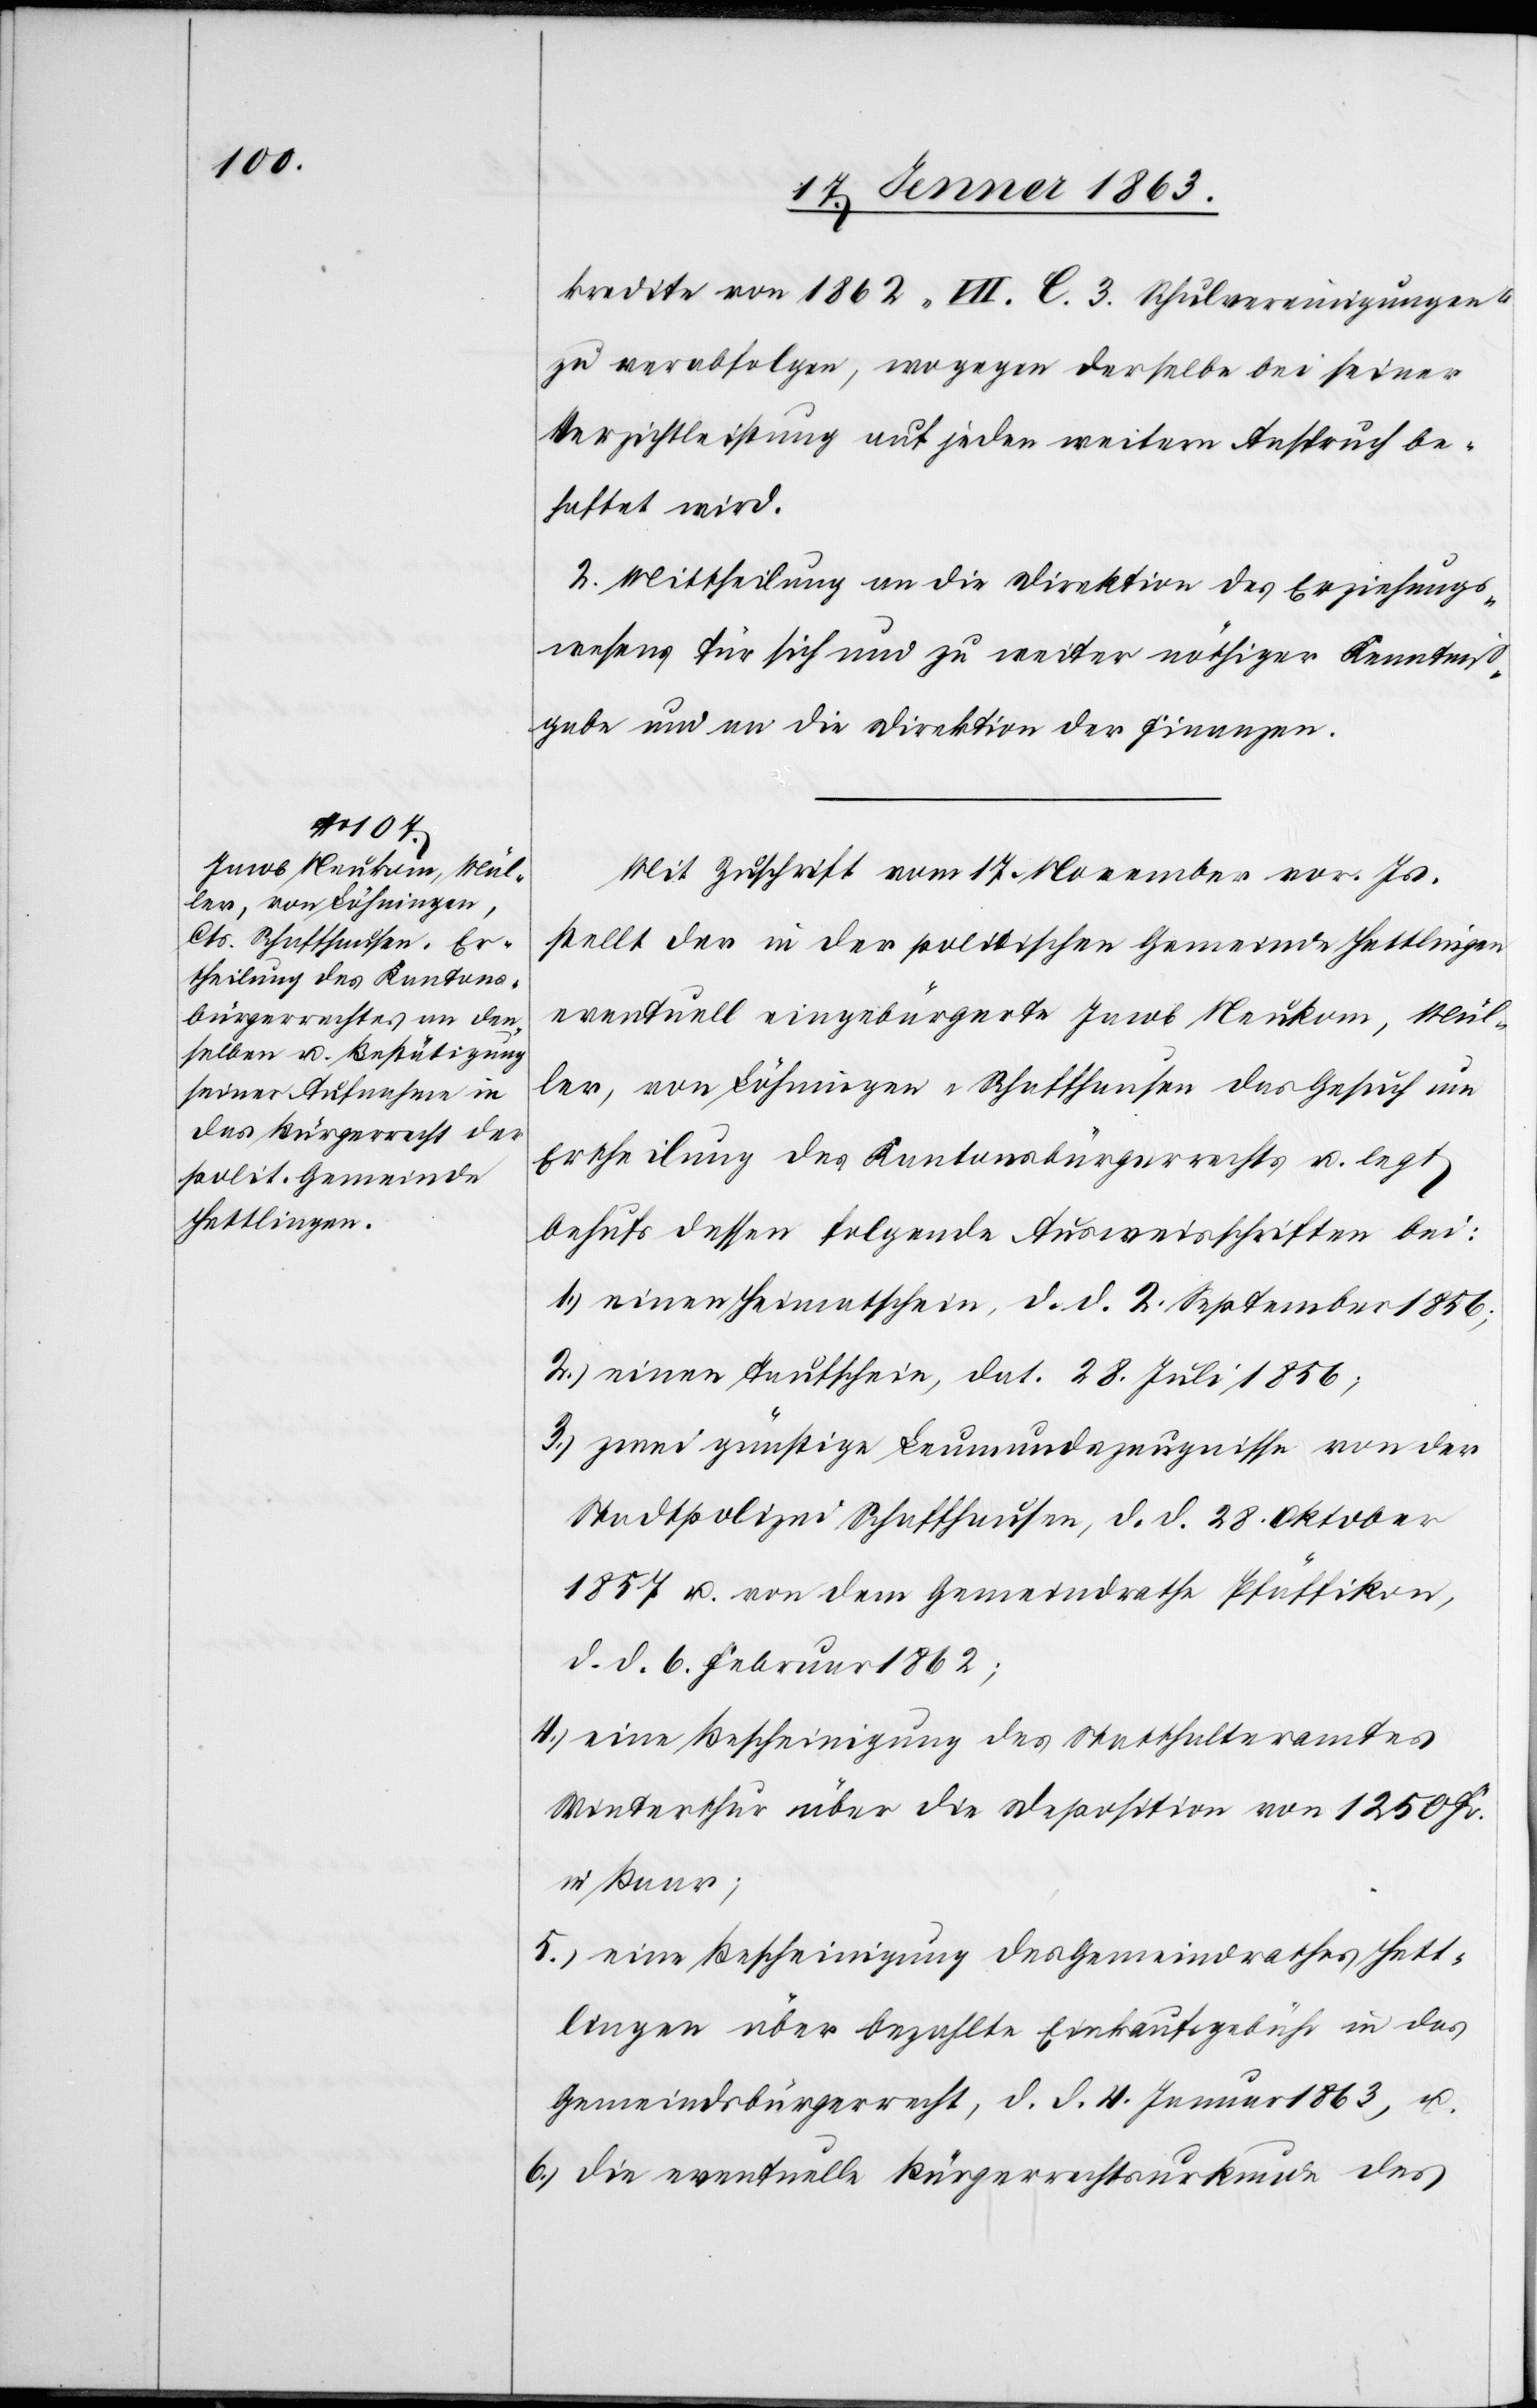
kredite von 1862 „VII. C. 3. Schulvereinigungen“
zu verabfolgen, wogegen derselbe bei seiner
Verzichtleistung auf jeden weitern Anspruch be¬
haftet wird.
2. Mittheilung an die Direktion des Erziehungs¬
wesens für sich und zu weiter nöthiger Kenntniß¬
gabe und an die Direktion der Finanzen.
Mit Zuschrift vom 17. November vor. Js.
stellt der in der politischen Gemeinde Hettlingen
eventuell eingebürgerte Jacob Neukom, Mül¬
ler, von Löhningen-Schaffhausen das Gesuch um
Ertheilung des Kantonsbürgerrechtes u. legt
behufs dessen folgende Ausweisschriften bei:
1.) einen Heimatschein, d. d. 2. September 1856;
2.) einen Taufschein, dat. 28. Juli 1856;
3.) zwei günstige Leumundszeugnisse von der
Stadtpolizei Schaffhausen, d. d. 28. Oktober
1857 u. von dem Gemeindrathe Pfäffikon,
d. d. 6. Februar 1862;
4.) eine Bescheinigung des Statthalteramtes
Winterthur über die Deposition von 1250 Fr.
in Baar;
5.) eine Bescheinigung des Gemeindrathes Hett¬
lingen über bezahlte Einkaufsgebühr in das
Gemeindsbürgerrecht, d. d. 4. Januar 1863, u.
6.) die eventuelle Bürgerrechtsurkunde des